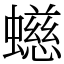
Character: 䗹